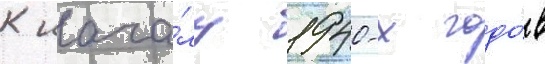
К нача́лу 1940-х годо́в